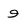
Character: 9